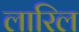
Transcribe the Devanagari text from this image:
लारिल